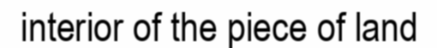
interior of the piece of land